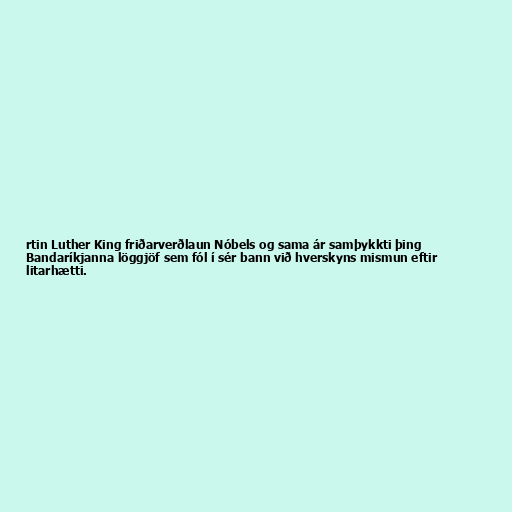
rtin Luther King friðarverðlaun Nóbels og sama ár samþykkti þing
Bandaríkjanna löggjöf sem fól í sér bann við hverskyns mismun eftir
litarhætti.